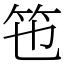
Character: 竾